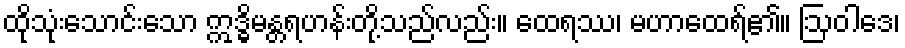
ထိုသုံးသောင်းသော ဣဒ္ဓိမန္တရဟန်းတို့သည်လည်း။ ထေရဿ၊ မဟာထေရ်၏။ ဩဝါဒေ၊